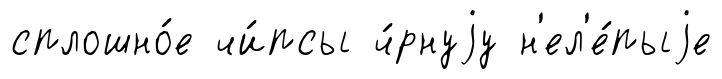
сплошно́е чи́псы ч́рнуjу н'ел'е́пыjе